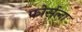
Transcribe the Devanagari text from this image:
फोर्सला